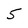
Character: 5